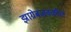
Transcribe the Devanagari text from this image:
झाग्रेबजवळील